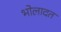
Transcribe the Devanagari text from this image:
भोलादत